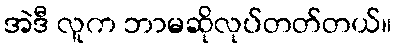
အဲဒီ လူက ဘာမဆိုလုပ်တတ်တယ်။